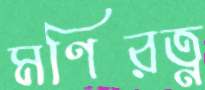
মণিরত্ন